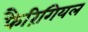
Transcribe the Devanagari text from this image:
फैरिंगियल